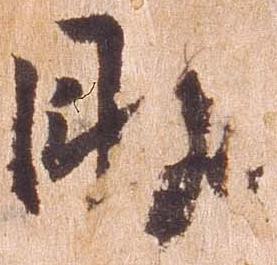
助